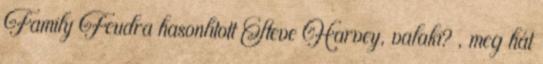
Family Feudra hasonlított Steve Harvey, valaki? , meg hát